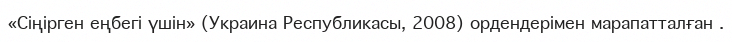
«Сіңірген еңбегі үшін» (Украина Республикасы, 2008) ордендерімен марапатталған .